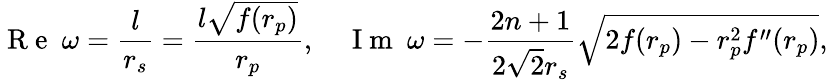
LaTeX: \mathrm{~R~e~}~\omega=\frac{l}{r_{s}}=\frac{l\sqrt{f(r_{p})}}{r_{p}},~~~~\mathrm{~I~m~}~\omega=-\frac{2n+1}{2\sqrt{2}r_{s}}\sqrt{2f(r_{p})-r_{p}^{2}f^{\prime\prime}(r_{p})},